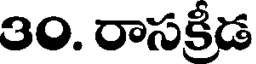
30. రాసక్రీడ